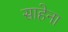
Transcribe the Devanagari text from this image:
साहेना